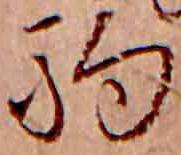
駒